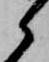
候